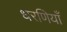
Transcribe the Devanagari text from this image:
धरणियाँ